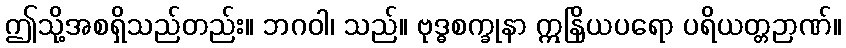
ဤသို့အစရှိသည်တည်း။ ဘဂဝါ၊ သည်။ ဗုဒ္ဓစက္ခုနာ ဣနြိယပရော ပရိယတ္တဉာဏ်။